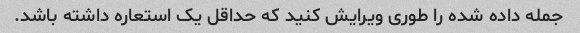
جمله داده شده را طوری ویرایش کنید که حداقل یک استعاره داشته باشد.